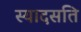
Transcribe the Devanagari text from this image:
स्यादसति